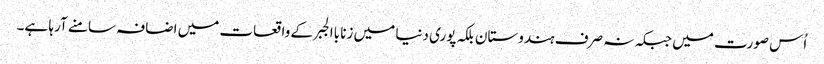
اُس صورت میں جبکہ نہ صرف ہندوستان بلکہ پوری دنیا میں زنا باالجبر کے واقعات میں اضافہ سامنے آرہا ہے۔